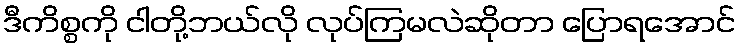
ဒီကိစ္စကို ငါတို့ဘယ်လို လုပ်ကြမလဲဆိုတာ ပြောရအောင်